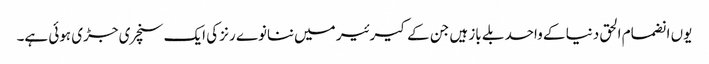
یوں انضمام الحق دنیا کے واحد بلے باز ہیں جن کے کیرئیر میں ننانوے رنز کی ایک سنچری جڑی ہوئی ہے۔